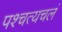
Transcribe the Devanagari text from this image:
पश्चत्यचलं